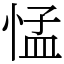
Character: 𢛴